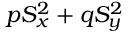
p S _ { x } ^ { 2 } + q S _ { y } ^ { 2 }